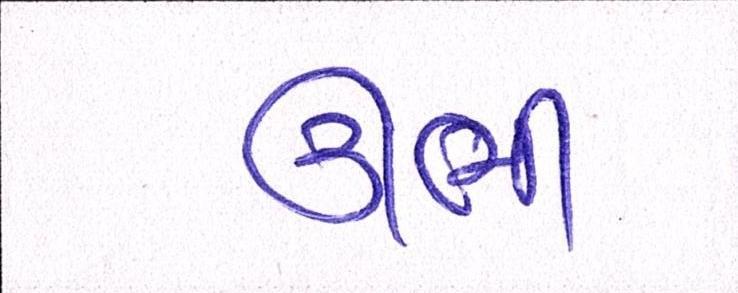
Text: ઊભી